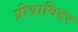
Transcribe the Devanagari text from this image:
ग्रीवाविदर